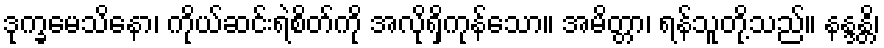
ဒုက္ခမေသိနော၊ ကိုယ်ဆင်းရဲစိတ်ကို အလိုရှိကုန်သော။ အမိတ္တာ၊ ရန်သူတို့သည်။ နန္ဒန္တိ၊